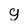
Character: g